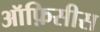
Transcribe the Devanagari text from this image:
ऑफ़िसीस